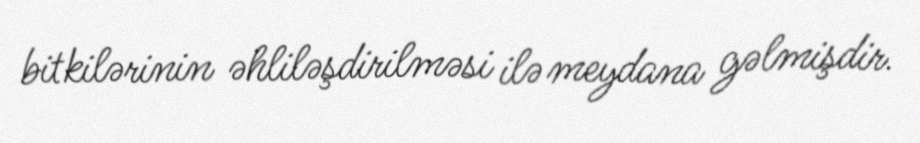
bitkilərinin əhliləşdirilməsi ilə meydana gəlmişdir.